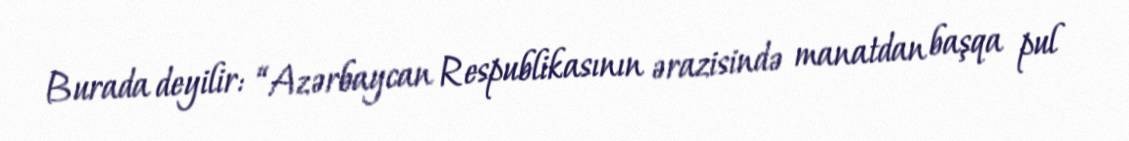
Burada deyilir: “Azərbaycan Respublikasının ərazisində manatdan başqa pul